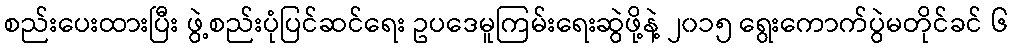
စည်းပေးထားပြီး ဖွဲ့စည်းပုံပြင်ဆင်ရေး ဥပဒေမူကြမ်းရေးဆွဲဖို့နဲ့ ၂၀၁၅ ရွေးကောက်ပွဲမတိုင်ခင် ၆